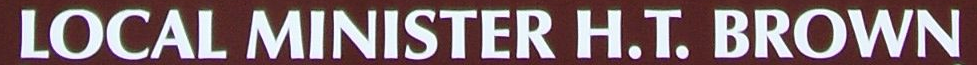
LOCAL MINISTER H.T. BROWN